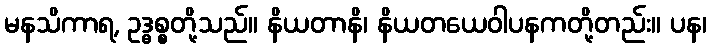
မနသိကာရ, ဥဒ္ဓစ္စတို့သည်။ နိယတာနိ၊ နိယတယေဝါပနကတို့တည်း။ ပန၊